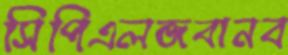
সিপিএলজবানব